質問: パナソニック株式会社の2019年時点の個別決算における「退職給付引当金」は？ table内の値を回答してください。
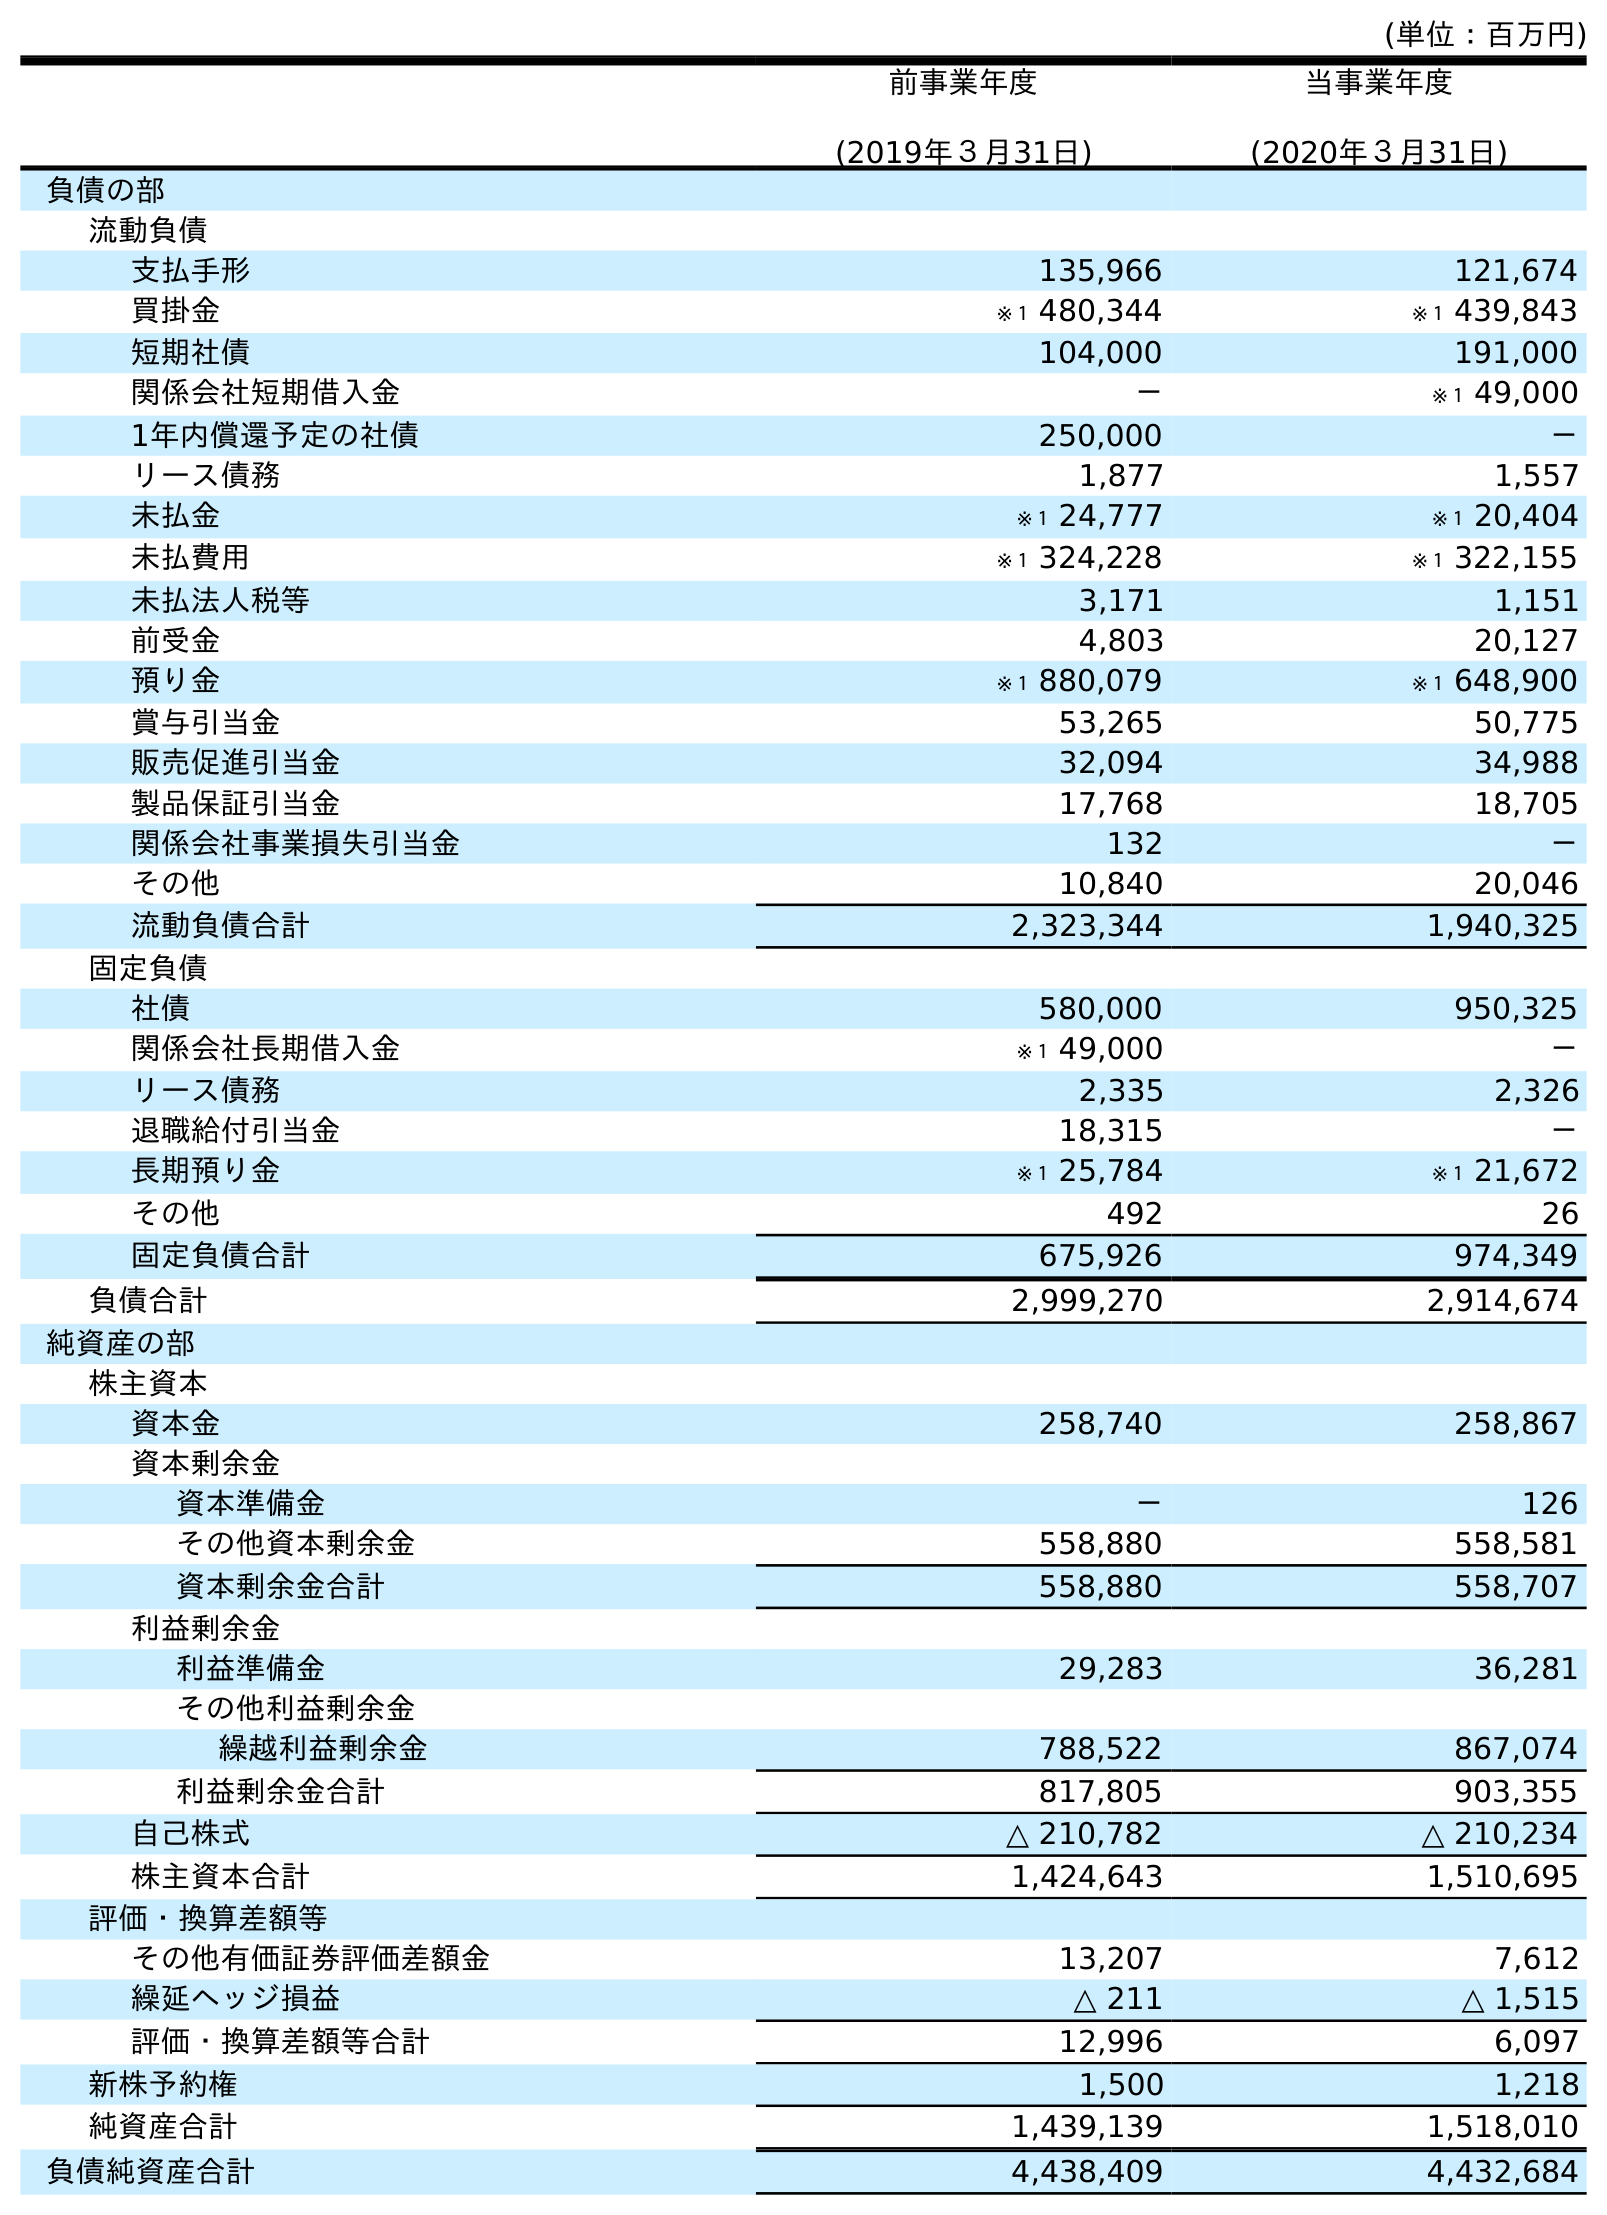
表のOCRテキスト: (単位：百万円) 前事業年度 (2019年３月31日) 当事業年度 (2020年３月31日) 負債の部 流動負債 支払手形 135,966 121,674 買掛金 ※１ 480,344 ※１ 439,843 短期社債 104,000 191,000 関係会社短期借入金 － ※１ 49,000 1年内償還予定の社債 250,000 － リース債務 1,877 1,557 未払金 ※１ 24,777 ※１ 20,404 未払費用 ※１ 324,228 ※１ 322,155 未払法人税等 3,171 1,151 前受金 4,803 20,127 預り金 ※１ 880,079 ※１ 648,900 賞与引当金 53,265 50,775 販売促進引当金 32,094 34,988 製品保証引当金 17,768 18,705 関係会社事業損失引当金 132 － その他 10,840 20,046 流動負債合計 2,323,344 1,940,325 固定負債 社債 580,000 950,325 関係会社長期借入金 ※１ 49,000 － リース債務 2,335 2,326 退職給付引当金 18,315 － 長期預り金 ※１ 25,784 ※１ 21,672 その他 492 26 固定負債合計 675,926 974,349 負債合計 2,999,270 2,914,674 純資産の部 株主資本 資本金 258,740 258,867 資本剰余金 資本準備金 － 126 その他資本剰余金 558,880 558,581 資本剰余金合計 558,880 558,707 利益剰余金 利益準備金 29,283 36,281 その他利益剰余金 繰越利益剰余金 788,522 867,074 利益剰余金合計 817,805 903,355 自己株式 △ 210,782 △ 210,234 株主資本合計 1,424,643 1,510,695 評価・換算差額等 その他有価証券評価差額金 13,207 7,612 繰延ヘッジ損益 △ 211 △ 1,515 評価・換算差額等合計 12,996 6,097 新株予約権 1,500 1,218 純資産合計 1,439,139 1,518,010 負債純資産合計 4,438,409 4,432,684
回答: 18,315